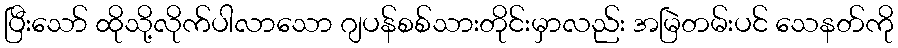
ပြီးသော် ထိုသို့လိုက်ပါလာသော ဂျပန်စစ်သားတိုင်းမှာလည်း အမြဲတမ်းပင် သေနတ်ကို